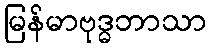
မြန်မာဗုဒ္ဓဘာသာ